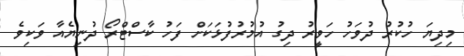
މިދިޔަ ހުކުރު ދުވަހު ހަވީރު ދިގު އުމުރުފުޅަކަށް ފަހު ކާސްޓްރޯ ދުނިޔެއާ ވަކިވެ